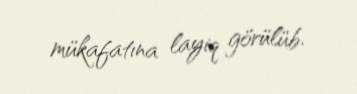
mükafatına layiq görülüb.